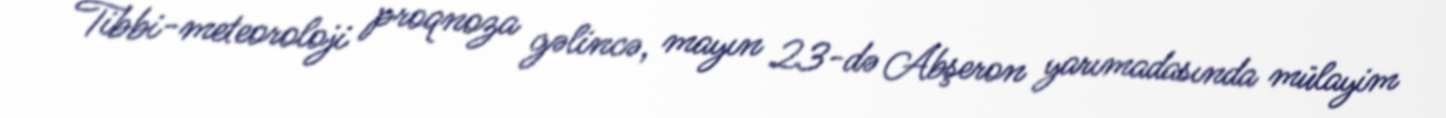
Tibbi-meteoroloji proqnoza gəlincə, mayın 23-də Abşeron yarımadasında mülayim